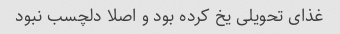
غذای تحویلی یخ کرده بود و اصلا دلچسب نبود